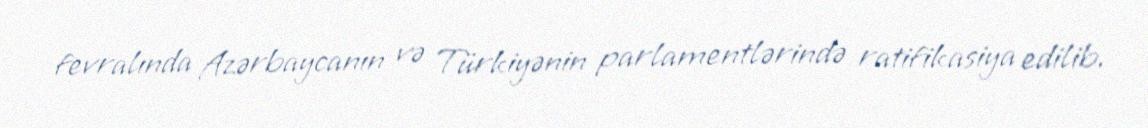
fevralında Azərbaycanın və Türkiyənin parlamentlərində ratifikasiya edilib.